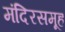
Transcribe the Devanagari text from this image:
मंदिरसमूह